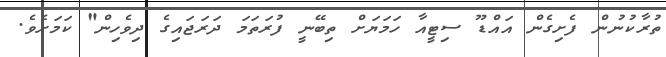
ތުރާކުނުން ފެށިގެން އައްޑޫ ސިޓީއާ ހަމަޔަށް ތިބޭނީ ފުރަތަމަ ދަރަޖައިގެ ދިވެހިން" ކަމަށެވެ.